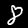
Digit: 8